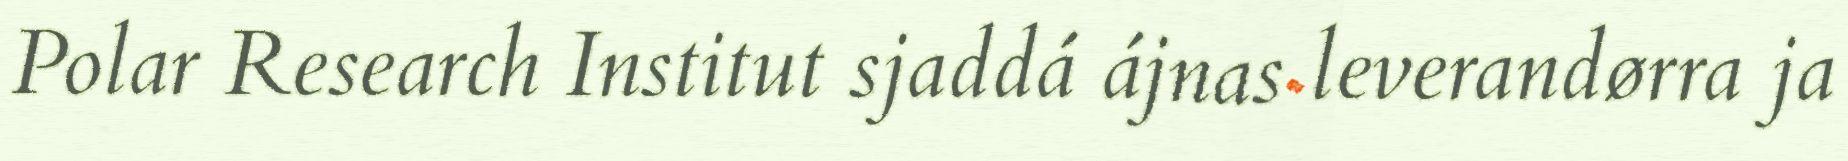
Polar Research Institut sjaddá ájnas leverandørra ja